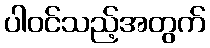
ပါဝင်သည့်အတွက်